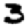
Digit: 3